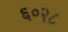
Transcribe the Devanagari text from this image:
६०२८